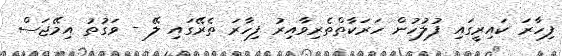
ފިހާރަ ކައިރީގައި ފުލުހުން ހަރަކާތްތެރިވާއިރު ފިހާރަ ތެރޭގައި ލޭ - ވަގުތު އިމޭޖަސް